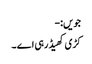
جویں:-
کڑی کھیڈ رہی اے ۔